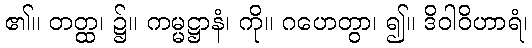
၏။ တတ္ထ၊ ၌။ ကမ္မဋ္ဌာနံ၊ ကို။ ဂဟေတွာ၊ ၍။ ဒိဝါဝိဟာရံ၊